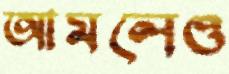
আমলেও